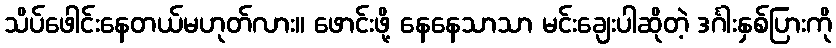
သိပ်ဖေါင်းနေတယ်မဟုတ်လား။ ဖောင်းဖို့ နေနေသာသာ မင်းချေးပါဆိုတဲ့ ဒင်္ဂါးနှစ်ပြားကို